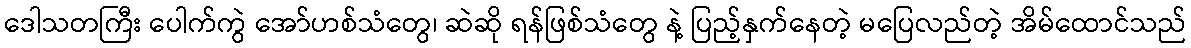
ဒေါသတကြီး ပေါက်ကွဲ အော်ဟစ်သံတွေ၊ ဆဲဆို ရန်ဖြစ်သံတွေ နဲ့ ပြည့်နှက်နေတဲ့ မပြေလည်တဲ့ အိမ်ထောင်သည်